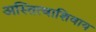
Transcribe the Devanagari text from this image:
अस्तित्वाशिवाय